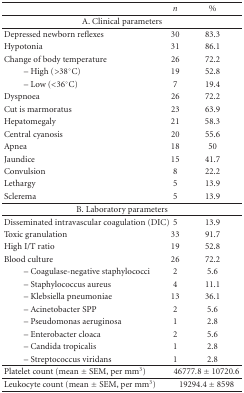
|  | n | % |
 | --- | --- | --- |
 | <COLSPAN=3> A. Clinical parameters |
 | Depressed newborn reflexes | 30 | 83.3 |
 | Hypotonia | 31 | 86.1 |
 | Change of body temperature | 26 | 72.2 |
 | – High (>38°C) | 19 | 52.8 |
 | – Low (<36°C) | 7 | 19.4 |
 | Dyspnoea | 26 | 72.2 |
 | Cut is marmoratus | 23 | 63.9 |
 | Hepatomegaly | 21 | 58.3 |
 | Central cyanosis | 20 | 55.6 |
 | Apnea | 18 | 50 |
 | Jaundice | 15 | 41.7 |
 | Convulsion | 8 | 22.2 |
 | Lethargy | 5 | 13.9 |
 | Sclerema | 5 | 13.9 |
 | <COLSPAN=3> B. Laboratory parameters |
 | Disseminated intravascular coagulation (DIC) | 5 | 13.9 |
 | Toxic granulation | 33 | 91.7 |
 | High I/T ratio | 19 | 52.8 |
 | Blood culture | 26 | 72.2 |
 | – Coagulase-negative staphylococci | 2 | 5.6 |
 | – Staphylococcus aureus | 4 | 11.1 |
 | – Klebsiella pneumoniae | 13 | 36.1 |
 | – Acinetobacter SPP | 2 | 5.6 |
 | – Pseudomonas aeruginosa | 1 | 2.8 |
 | – Enterobacter cloaca | 2 | 5.6 |
 | – Candida tropicalis | 1 | 2.8 |
 | – Streptococcus viridans | 1 | 2.8 |
 | Platelet count (mean ± SEM, per mm3) | <COLSPAN=2> 46777.8 ± 10720.6 |
 | Leukocyte count (mean ± SEM, per mm3) | <COLSPAN=2> 19294.4 ± 8598 |